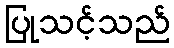
ပြုသင့်သည်